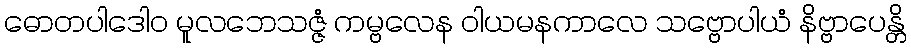
ဓောတပါဒေါဝ မူလဘေသဇ္ဇံ ကမ္ဗလေန ဝါယမနကာလေ သဗ္ဗောပါယံ နိဗ္ဗာပေန္တိ